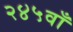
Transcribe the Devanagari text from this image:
२४५वाँ